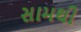
સામથી